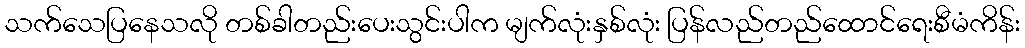
သက်သေပြနေသလို တစ်ခါတည်းပေးသွင်းပါက မျက်လုံးနှစ်လုံး ပြန်လည်တည်ထောင်ရေးစီမံကိန်း